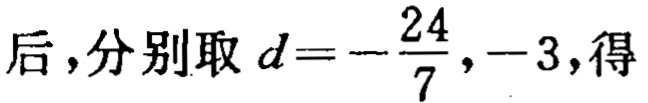
后，分别取 \(d = -\frac{24}{7}, -3\)，得